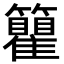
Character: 𬖇